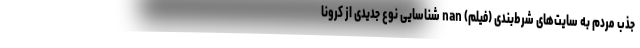
جذب مردم به سایت‌های شرط‌بندی (فیلم) nan شناسایی نوع جدیدی از کرونا